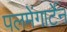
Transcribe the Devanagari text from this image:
पलमेंगार्टेन